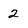
Character: 2